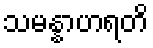
သမန္နာဟရတိ